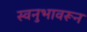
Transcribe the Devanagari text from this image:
स्वनुभावरून